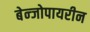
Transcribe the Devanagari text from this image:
बेन्जोपायरीन